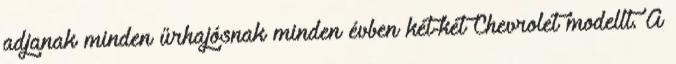
adjanak minden űrhajósnak minden évben két-két Chevrolet modellt. A